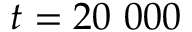
t = 2 0 \ 0 0 0